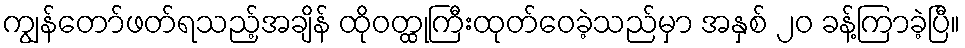
ကျွန်တော်ဖတ်ရသည့်အချိန် ထိုဝတ္ထုကြီးထုတ်ဝေခဲ့သည်မှာ အနှစ် ၂၀ ခန့်ကြာခဲ့ပြီ။